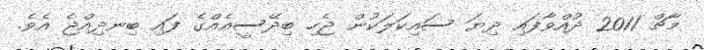
މާޗް 2011 ދުއްވާފައި ދިޔަ ސައިކަލަކުން ޖެހި ބިދޭސީއެއްގެ ފައި ބިނދިއްޖެ އެވެ.